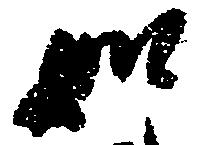
如